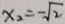
x _ { 2 } = - \sqrt { 2 }